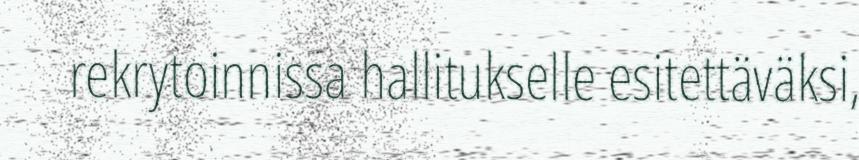
rekrytoinnissa hallitukselle esitettäväksi,